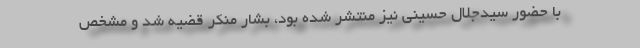
با حضور سیدجلال حسینی نیز منتشر شده بود، بشار منکر قضیه شد و مشخص